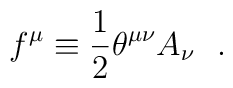
f^\mu\equiv {1\over2}\theta ^{\mu\nu}A_\nu ~~.